Report on sanitation, dispensaries, and jails in Rajputana for 1921, and on vaccination for the year 1921-1922 - 1921-1922
Year: 1921
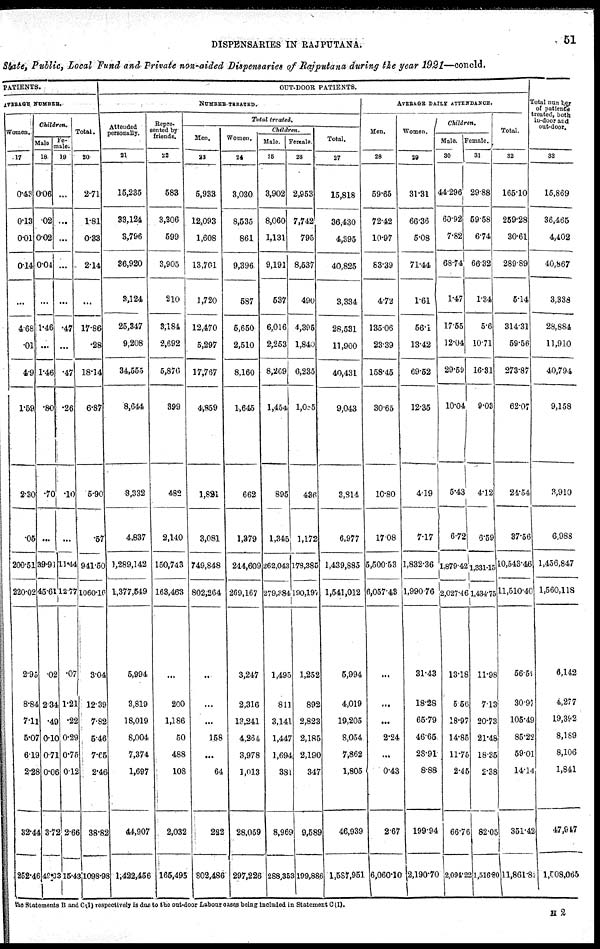
DISPENSARIES IN RAJPUTANA.
51
State, Public, Local Fund and Private non-aided Dispensaries of Rajputana during the year 1921—concld.
PATIENTS.
AVERAGE NUMBER.
Women.
17
0.43
0.13
0.01
0.14
...
4.68
.01
4.9
1.59
2.30
.05
200.51
220.02
2.95
8.84
7.11
5.07
6.19
2.28
32.44
252.46
Children.
Male
18
0.06
.02
0.02
0.04
...
1.46
...
1.46
.80
.70
...
39.91
45.61
.02
234
.49
0.10
0.71
0.06
3.72
49.33
Fe-
male.
19
...
...
...
...
...
.47
...
.47
.26
.10
...
11.44
12.77
.07
1.21
.22
0.29
0.75
0.12
2.66
15.43
Total.
20
2.71
1.81
0.33
2.14
...
17.86
.28
18.14
6.87
5.90
.57
941.50
1060.16
3.04
12.39
7.82
5.46
7.65
2.46
38.82
1098.98
OUT-DOOR PATIENTS.
NUMBER TREATED.
Attended
personally.
21
15,235
33,124
3,796
36,920
3,124
25,347
9,208
34,555
8,644
3,332
4,837
1,289,142
1,377,549
5,994
3,819
18,019
8,004
7,374
1,697
44,907
1,422,456
Repre¬
sented by
friends.
23
583
3,306
599
3,905
210
3,184
2,692
5,870
399
482
2,140
150,743
163,463
...
200
1,186
50
488
108
2,032
165,495
Total treated.
Men.
23
5,933
12,093
1,608
13,701
1,720
12,470
5,297
17,767
4,859
1,821
3,081
749,848
802,264
...
...
...
158
...
64
222
802,486
Women.
24
3,030
8,535
861
9,396
587
5,650
2,510
8,160
1,645
662
1,379
244,609
269,167
3,247
2,316
13,241
4,264
3,978
1,013
28,059
297,226
Children.
Male.
25
3,902
8,060
1,131
9,191
537
6,016
2,253
8,269
1,454,
895
1,345
262,043
279,384
1,495
811
3,141
1,447
1,694
381
8,969
288,353
Female.
26
2,953
7,742
795
8,537
490
4,395
1,840
6,235
1,085
436
1,172
178,385
190,197
1,252
892
2,823
2,185
2,190
347
9,589
199,886
Total.
27
15,818
36,430
4,395
40,825
3,334
28,531
11,900
40,431
9,043
3,814
6,977
1,439,885
1,541,012
5,994
4,019
19,205
8,054
7,862
1,805
46,939
1,587,951
AVERAGE DAILY ATTENDANCE.
Men.
28
59.65
72.42
10.97
83.39
4.72
135.06
23.39
158.45
30.65
10.80
17.08
5,500.53
6,057.43
...
...
...
2.24
...
0.43
2.67
6,060.10
Women.
29
31.31
66.36
5.08
71.44
1.61
56.1
13.42
69.52
12.35
4.19
7.17
1,832.36
1,990.76
31.43
18.28
65.79
46.65
28.91
8.88
199.94
2,190.70
Children.
Male.
30
44.296
60.92
7.82
68.74
1.47
17.55
12.04
29.59
10.04
5.43
6.72
1,879.42
2,027.46
13.18
5.66
18.97
14.85
11.75
2.45
66.76
2,094.22
Female.
31
2988
59.58
6.74
66.32
1.34
5.6
10.71
16.31
9.03
4.12
6.59
1,331.45
1,434.75
11.98
7.13
20.73
21.48
18.35
2.38
82.05
1,516.80
Total.
32
165.10
259.28
30.61
289.89
5.14
314.31
59.56
273.87
62.07
24.54
37.56
10,543.46
11,510.40
56.59
30.97
105.49
85.22
59.01
14.14
351.42
11,861.82
Total number
of patients
treated, both
in-door and
out-door.
33
15,869
36,465
4,402
40,867
3,338
28,884
11,910
40,794
9,158
3,910
6,988
1,456,847
1,560,118
6,142
4,277
19,392
8,189
8,106
1,841
47,947
1,608,065
the Statements B and C(I) respectively is due to the out-door Labour cases being included in Statement C (I).
H 2